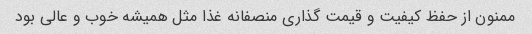
ممنون از حفظ کیفیت و قیمت گذاری منصفانه غذا مثل همیشه خوب و عالی بود